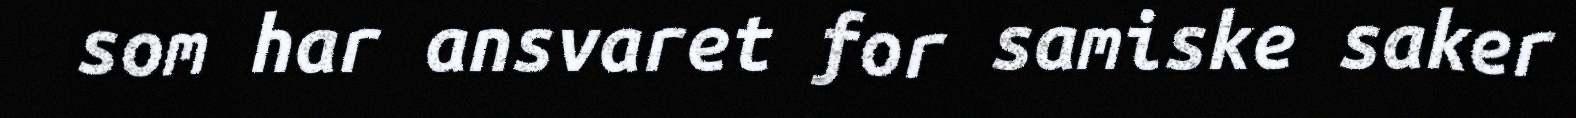
som har ansvaret for samiske saker